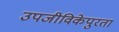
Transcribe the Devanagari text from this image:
उपजीविकेपुरता